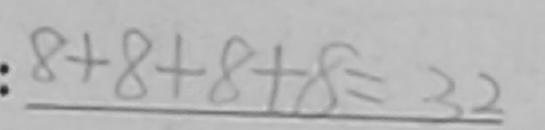
8 + 8 + 8 + 8 = 3 2